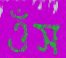
ওঁস